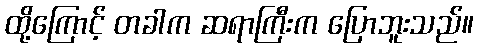
ထို့ကြောင့် တခါက ဆရာကြီးက ပြောဘူးသည်။